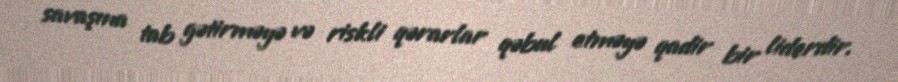
savaşına tab gətirməyə və riskli qərarlar qəbul etməyə qadir bir liderdir.